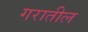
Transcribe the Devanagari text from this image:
गरातील